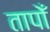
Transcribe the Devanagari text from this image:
तापोँ